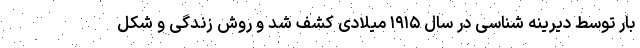
بار توسط دیرینه شناسی در سال ۱۹۱۵ میلادی کشف شد و روش زندگی و شکل